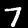
Digit: 7